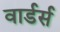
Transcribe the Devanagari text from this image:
वार्डर्स